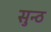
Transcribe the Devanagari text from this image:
सुन्ठ